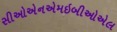
સીઓએનએમઇબીઓએલ